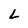
Character: L